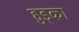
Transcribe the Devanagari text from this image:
हुड्का